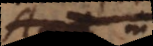
A in